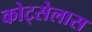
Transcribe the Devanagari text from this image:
कोट्सेलास